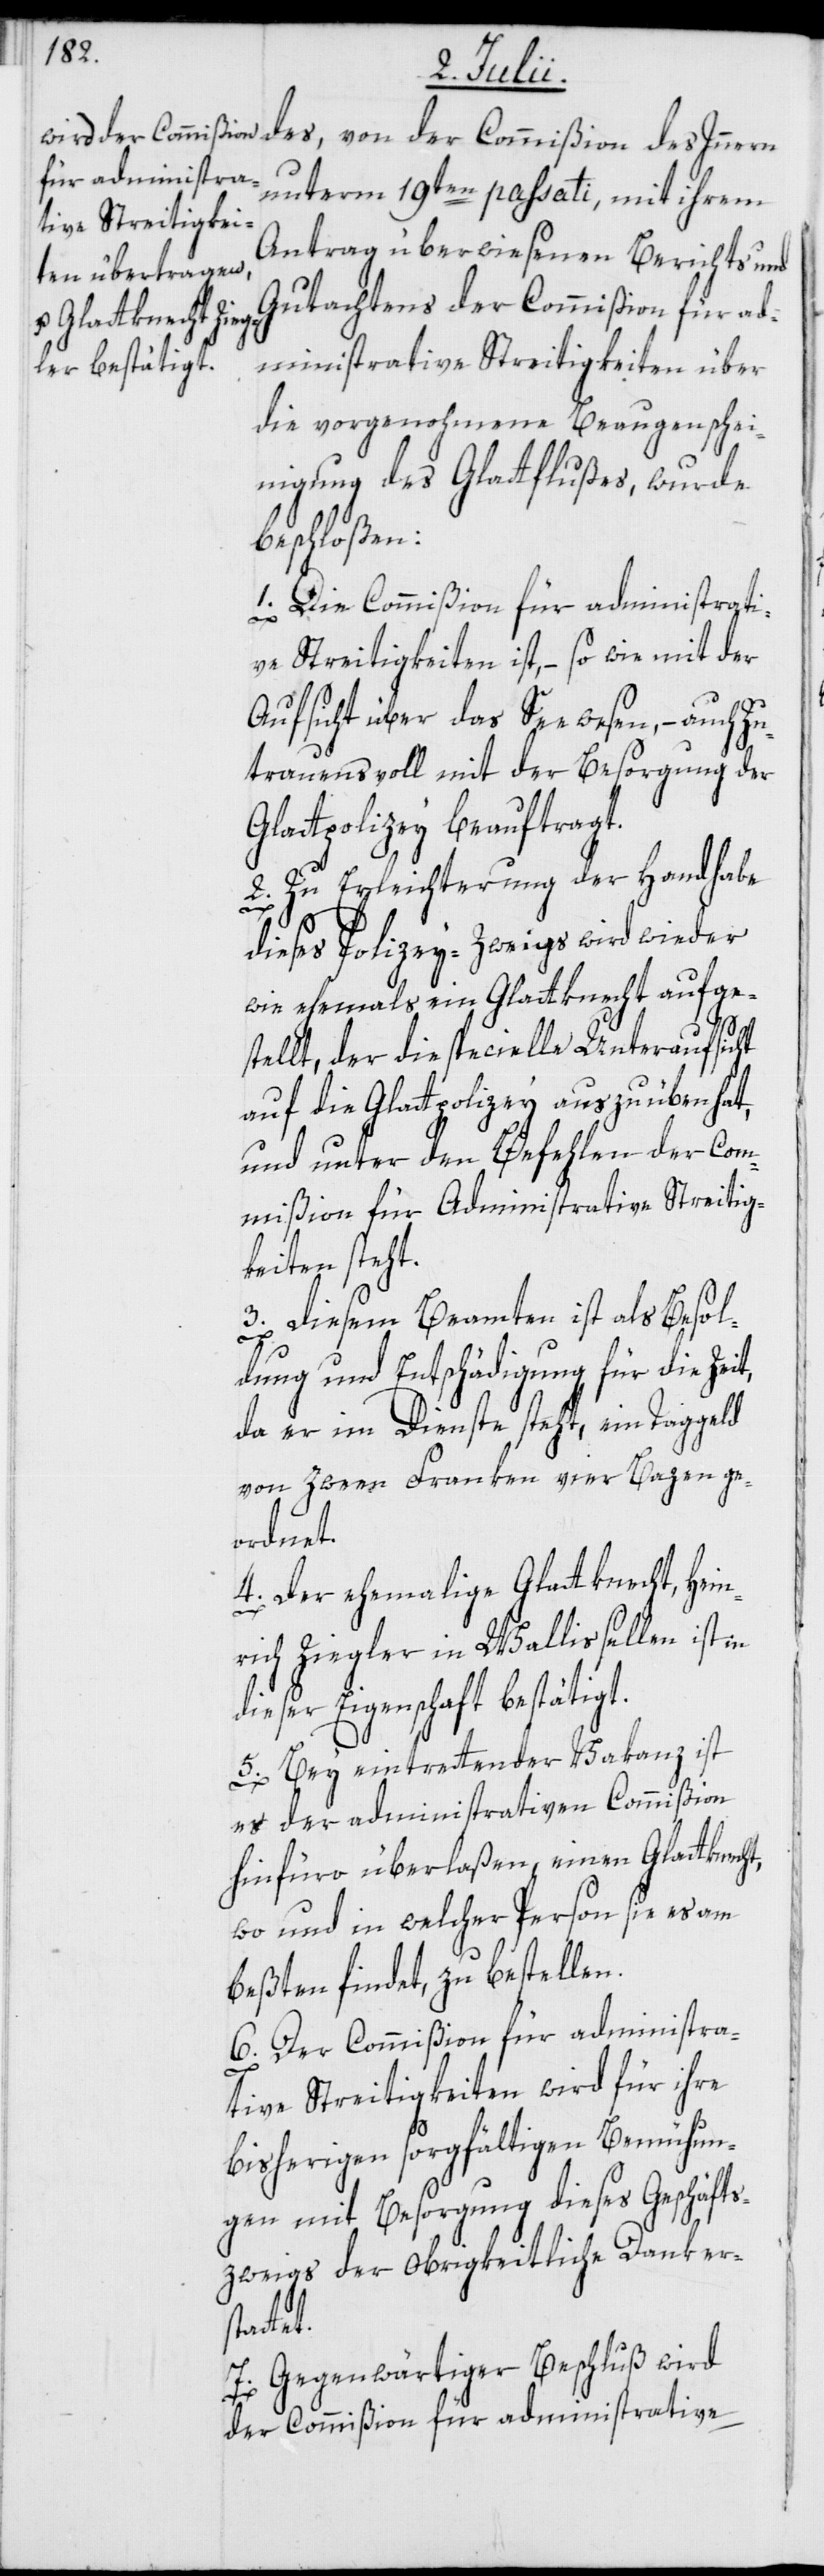
des, von der Commißion des Innern
unterm 19ten passati, mit ihrem
Antrag überwiesenen Berichts und
Gutachtens der Commißion für ad¬
ministrative Streitigkeiten über
die vorgenohmene Beaugenschei¬
nigung des Glattflußes, wurde
beschloßen:
1. Die Commißion für administrati¬
ve Streitigkeiten ist, – so wie mit der
Aufsicht über das Seewesen, – auch Zu¬
trauensvoll mit der Besorgung der
Glattpolizey beauftragt.
2. Zu Erleichterung der Handhabe
dieses Polizey-Zweigs wird wieder
wie ehemals ein Glattknecht aufge¬
stellt, der die specielle Unteraufsicht
auf die Glattpolizey auszuüben hat,
und unter den Befehlen der Com¬
mißion für Administrative Streitig¬
keiten steht.
3. Diesem Beamten ist als Besol¬
dung und Entschädigung für die Zei¬
da er im Dienste steht, ein Taggeld
von zween Franken vier Bazen ge¬
dies¬
4. Der ehemalige Glattknecht, Hei¬
nrich Ziegler in Wallisellen ist in
er Eigenschaft bestätig¬
5. Bey eintrettender Vakanz ist
es der administrativen Commißion
hinfüro überlaßen, einen Glattknecht,
wo und in welcher Person sie es am
beßten findet, zu bestellen.
6. Der Commißion für administra¬
tive Streitigkeiten wird für ihre
bisherigen sorgfältigen Bemühun¬
gen mit Besorgung dieses Geschäfts¬
zweigs der obrigkeitliche Dank ers¬
tet.
7. Gegenwärtiger Beschluß wird
der Commißion für administrative